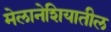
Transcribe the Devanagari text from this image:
मेलानेशियातील